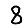
Digit: 8